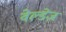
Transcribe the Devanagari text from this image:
वेल्डेज़